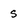
Character: s